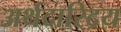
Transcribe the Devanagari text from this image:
अर्थदारिद्रय